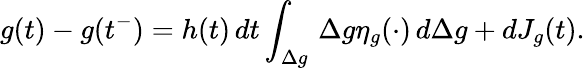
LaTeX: g(t)-g(t^{-})=h(t)\, dt\int_{\Delta g}\, \Delta g\eta_{g}(\cdot)\, d\Delta g+dJ_{g}(t).